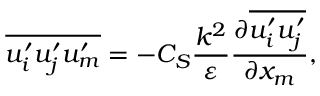
\overline { { u _ { i } ^ { \prime } u _ { j } ^ { \prime } u _ { m } ^ { \prime } } } = - C _ { S } \frac { k ^ { 2 } } { \varepsilon } \frac { \partial \overline { { u _ { i } ^ { \prime } u _ { j } ^ { \prime } } } } { \partial x _ { m } } ,